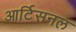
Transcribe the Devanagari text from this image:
आर्टिसनल